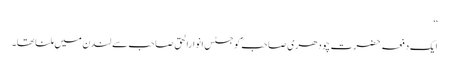
‘‘
ایک دفعہ حضرت چودھری صاحبؓ کو جسٹس انوارالحق صاحب سے لندن میں ملنا تھا۔